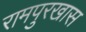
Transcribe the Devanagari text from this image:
रामपुरखास